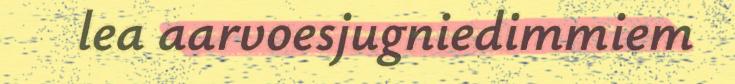
lea aarvoesjugniedimmiem